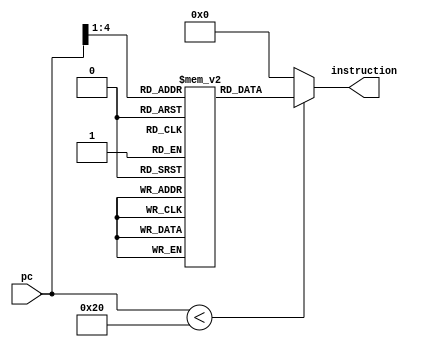
module instruction_mem(pc,instruction);

	input [15:0] pc;
	output wire [15:0] instruction;

    wire [3:0] rom_addr = pc[4:1];
    reg [15:0] rom[15:0];

    initial
    begin
    	rom[0]=16'b1000000010000100;
    	rom[1]=16'b1000000100000110;
    	rom[2]=16'b0001000101100000;
    	rom[3]=16'b1010000110000111;
    	rom[4]=16'b0000000000000000;
    	rom[5]=16'b0000000000000000;
    	rom[6]=16'b0000000000000000;
    	rom[7]=16'b0000000000000000;
    	rom[8]=16'b0000000000000000;
    	rom[9]=16'b0000000000000000;
    	rom[10]=16'b0000000000000000;
    	rom[11]=16'b0000000000000000;
    	rom[12]=16'b0000000000000000;
    	rom[13]=16'b0000000000000000;
    	rom[14]=16'b0000000000000000;
    	rom[15]=16'b0000000000000000;
    end

    assign instruction=(pc[15:0]<32)?rom[rom_addr[3:0]]:16'd0;

endmodule